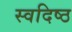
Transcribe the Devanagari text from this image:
स्वदिष्ठ